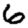
Digit: 6